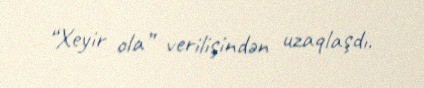
“Xeyir ola” verilişindən uzaqlaşdı.